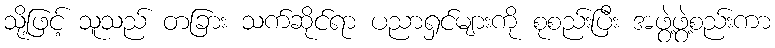
သို့ဖြင့် သူသည် တခြား သက်ဆိုင်ရာ ပညာရှင်များကို စုစည်းပြီး အဖွဲ့ဖွဲ့စည်းကာ